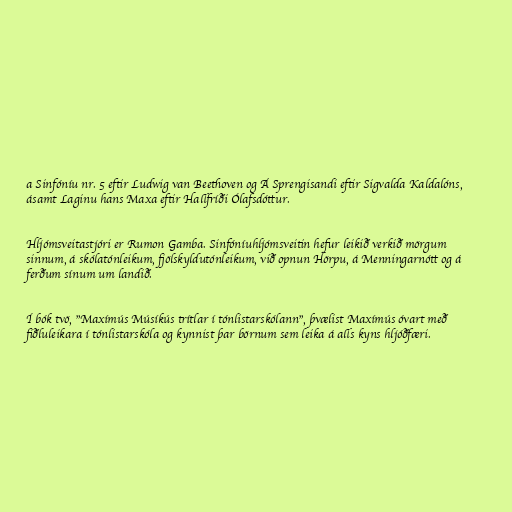
a Sinfóníu nr. 5 eftir Ludwig van Beethoven og Á Sprengisandi eftir Sigvalda Kaldalóns,
ásamt Laginu hans Maxa eftir Hallfríði Ólafsdóttur.

Hljómsveitastjóri er Rumon Gamba. Sinfóníuhljómsveitin hefur leikið verkið mörgum
sinnum, á skólatónleikum, fjölskyldutónleikum, við opnun Hörpu, á Menningarnótt og á
ferðum sínum um landið.

Í bók tvö, "Maxímús Músíkús trítlar í tónlistarskólann", þvælist Maxímús óvart með
fiðluleikara í tónlistarskóla og kynnist þar börnum sem leika á alls kyns hljóðfæri.